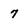
Character: 7